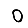
Digit: 0